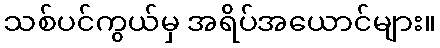
သစ်ပင်ကွယ်မှ အရိပ်အယောင်များ။